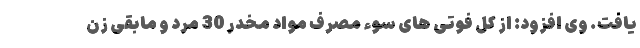
یافت. وی افزود: از کل فوتی های سوء مصرف مواد مخدر 30 مرد و مابقی زن